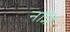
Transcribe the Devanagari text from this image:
नन्नि